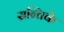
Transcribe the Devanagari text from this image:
सन्तिके